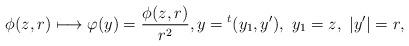
LaTeX: \begin{align*}\phi(z,r)\longmapsto \varphi(y)=\frac{\phi(z,r)}{r^{2}},y={}^{t}(y_1,y'),\ y_1=z,\ |y'|=r, \end{align*}